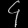
Digit: ၄